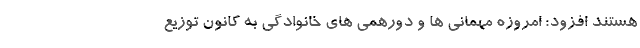
هستند افزود: امروزه مهمانی ها و دورهمی های خانوادگی به کانون توزیع